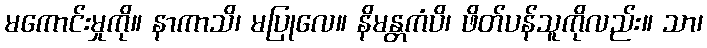
မကောင်းမှုကို။ နာကာသိ၊ မပြုလေ။ နိမန္တကံပိ၊ ဖိတ်ပန်သူကိုလည်း။ သာ၊